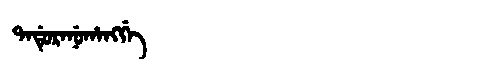
Manchu: ᡨᠠᡩᡠᡵᠠᠨᡠᡥᠠᠩᡤᡝ
Romanization: TADURANUHANGGE